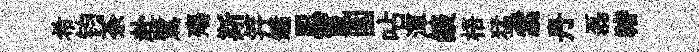
希钧荼赴鷺殤斯笄鏞㤙鬣圍呫渾燄梧猛翥丹磊禇